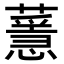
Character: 𦾻